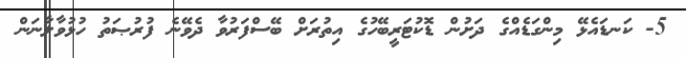
5- ކަނޑައެޅޭ މިންގަޑެއްގެ ދަށުން ޑޮކުޓަރީބޭހުގެ އިތުރަށް ބޭސްފަރުވާ ދެވޭނެ ފުރުޞަތު ހުޅުވާލާނަން